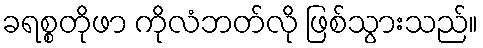
ခရစ္စတိုဖာ ကိုလံဘတ်လို ဖြစ်သွားသည်။